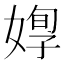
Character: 𡞦